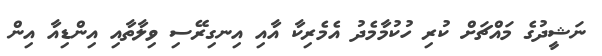
ނަޝީދުގެ މައްޗަށް ކުރި ހުކުމާމެދު އެމެރިކާ އާއި އިނގިރޭސި ވިލާތާއި އިންޑިއާ އިން